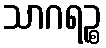
သာဂရဉ္စ